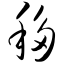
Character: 移